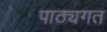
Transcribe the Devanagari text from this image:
पाठ्यगत